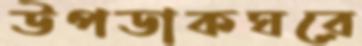
উপডাকঘরে